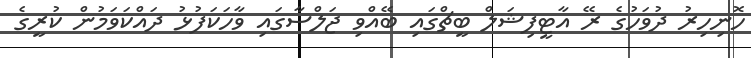
ހޮނިހިރު ދުވަހުގެ ރޭ އާޓީފިޝަލް ބީޗްގައި ބޭއްވި ޖަލްސާގައި ވާހަކަފުޅު ދައްކަވަމުން ކުރީގެ